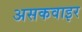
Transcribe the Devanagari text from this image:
असकवाइर